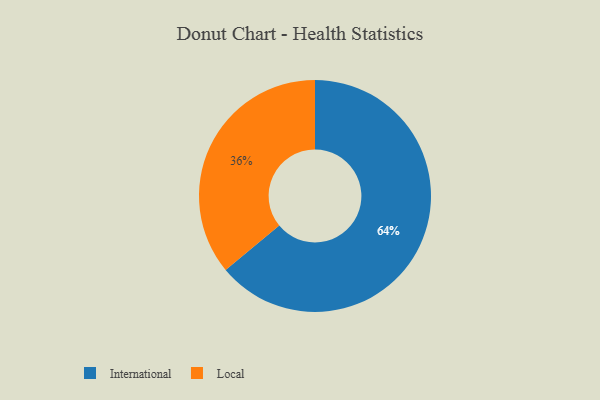
{"axis": {"x": "Category", "y": "Percentage"}, "legend": ["International", "Local"], "data": [{"x": "International", "y": 64, "type": "International"}, {"x": "Local", "y": 36, "type": "Local"}]}